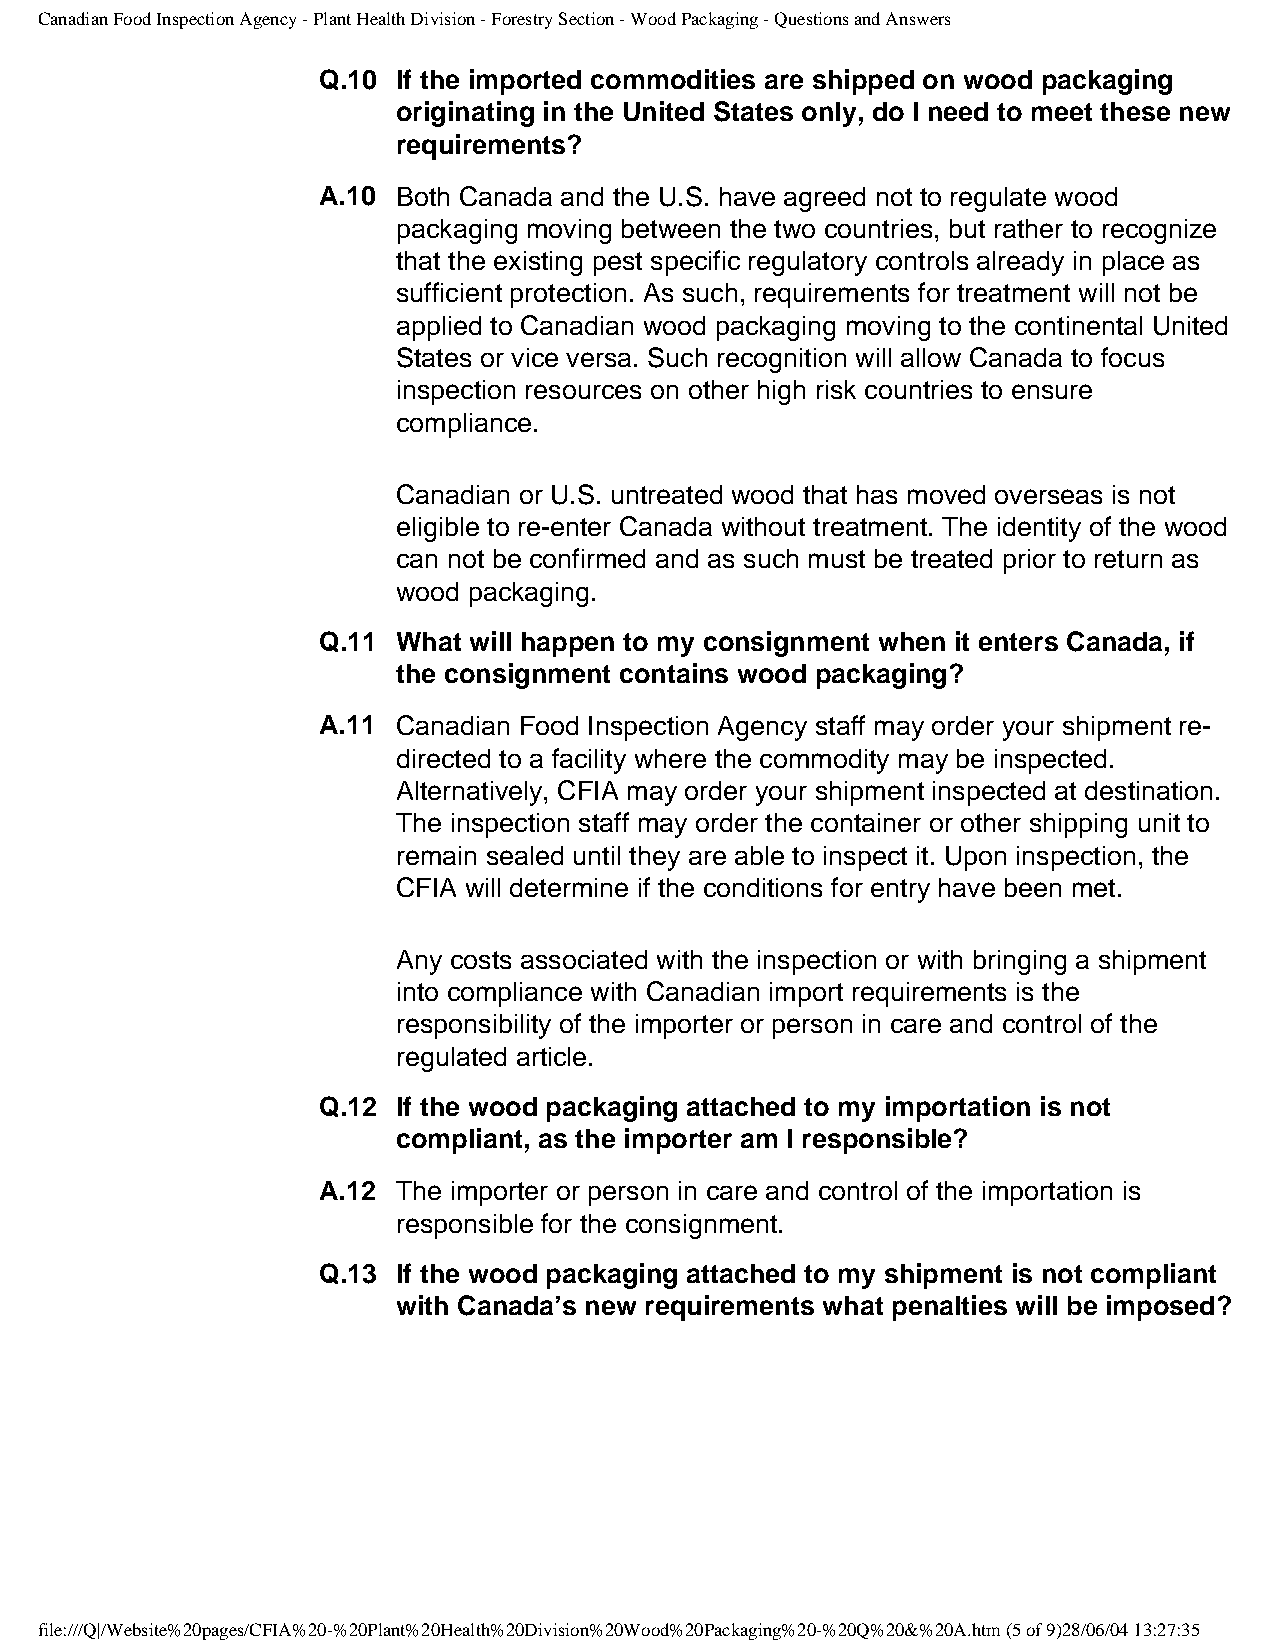
Canadian Food Inspection Agency - Plant Health Division - Forestry Section - Wood Packaging - Questions and Answers
 Q.10 If the imported commodities are shipped on wood packaging
 originating in the United States only, do I need to meet these new
 requirements?
 A.10 Both Canada and the U.S. have agreed not to regulate wood
 packaging moving between the two countries, but rather to recognize
 that the existing pest specific regulatory controls already in place as
 sufficient protection. As such, requirements for treatment will not be
 applied to Canadian wood packaging moving to the continental United
 States or vice versa. Such recognition will allow Canada to focus
 inspection resources on other high risk countries to ensure
 compliance.
 Canadian or U.S. untreated wood that has moved overseas is not
 eligible to re-enter Canada without treatment. The identity of the wood
 can not be confirmed and as such must be treated prior to return as
 wood packaging.
 Q.11 What will happen to my consignment when it enters Canada, if
 the consignment contains wood packaging?
 A.11 Canadian Food Inspection Agency staff may order your shipment re-
 directed to a facility where the commodity may be inspected.
 Alternatively, CFIA may order your shipment inspected at destination.
 The inspection staff may order the container or other shipping unit to
 remain sealed until they are able to inspect it. Upon inspection, the
 CFIA will determine if the conditions for entry have been met.
 Any costs associated with the inspection or with bringing a shipment
 into compliance with Canadian import requirements is the
 responsibility of the importer or person in care and control of the
 regulated article.
 Q.12 If the wood packaging attached to my importation is not
 compliant, as the importer am I responsible?
 A.12 The importer or person in care and control of the importation is
 responsible for the consignment.
 Q.13 If the wood packaging attached to my shipment is not compliant
 with Canada’s new requirements what penalties will be imposed?
 file:///Q|/Website%20pages/CFIA%20-%20Plant%20Health%20Division%20Wood%20Packaging%20-%20Q%20&%20A.htm (5 of 9)28/06/04 13:27:35